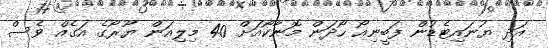
އަދި ޔުނައިޓެޑުން ފަބީނިއޯ ހޯދަން މޮނާކޯއަށް 40 މިލިއަން ޔޫރޯގެ އަގެއް ވެސް